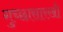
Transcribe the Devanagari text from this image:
गुच्छासारखी